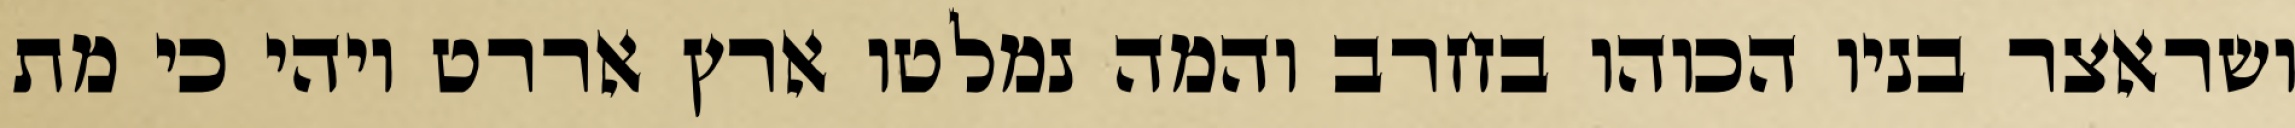
ושראצר בניו הכוהו בחרב והמה נמלטו ארץ אררט ויהי כי מת